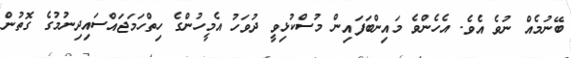
ބޭނުމެއް ނުވެ އެވެ. އެހެންވެ މައިންބަފައިން މުސްކުޅިވީ ދުވަހު އެމީހުންގެ ހިތްހަމަޖައްސައިދިނުމުގެ ގޮތުން